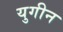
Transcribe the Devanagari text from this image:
युगीन